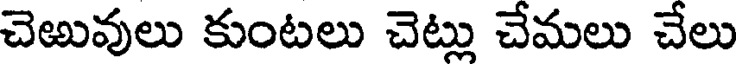
చెఱువులు కుంటలు చెట్లు చేమలు చేలు